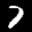
Label: 7